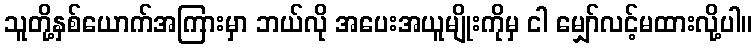
သူတို့နှစ်ယောက်အကြားမှာ ဘယ်လို အပေးအယူမျိုးကိုမှ ငါ မျှော်လင့်မထားလို့ပါ။